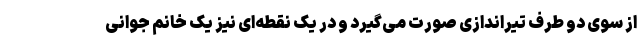
از سوی دو طرف تیراندازی صورت می‌گیرد و در یک نقطه‌ای نیز یک خانم جوانی